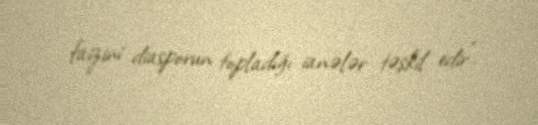
faizini diasporun topladığı ianələr təşkil edir".